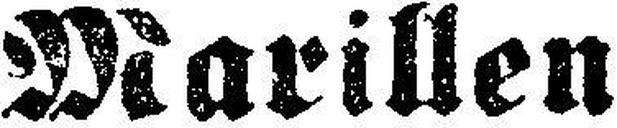
Marillen